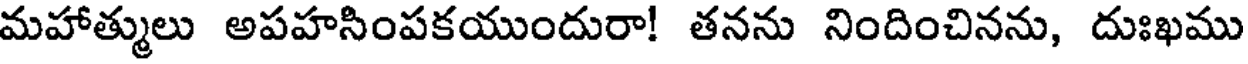
మహాత్ములు అపహసింపకయుందురా! తనను నిందించినను, దుఃఖము